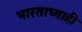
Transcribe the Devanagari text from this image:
भारताच्याही